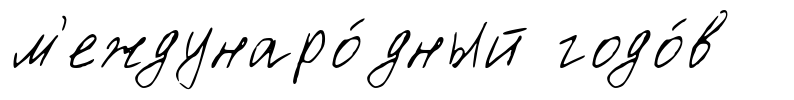
м'еждунаро́дный годо́в